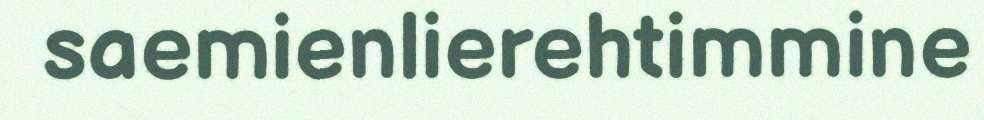
saemienlierehtimmine